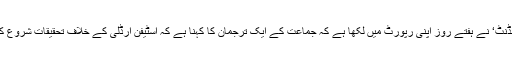
اخبار ’انڈیپنڈنٹ‘ نے ہفتے روز اپنی رپورٹ میں لکھا ہے کہ جماعت کے ایک ترجمان کا کہنا ہے کہ اسٹیفن ارڈلی کے خلاف تحقیقات شروع کی گئی ہیں۔